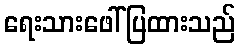
ရေးသားဖေါ်ပြထားသည်